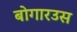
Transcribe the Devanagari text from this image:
बोगारउस